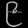
Digit: ၉